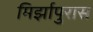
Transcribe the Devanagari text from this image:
मिर्झापुरास